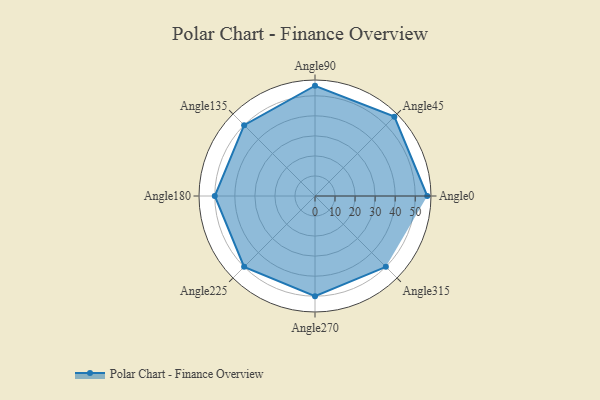
{"axis": {"x": "Angle", "y": "Radius"}, "legend": [""], "data": [{"x": "Angle0", "y": 56.0, "type": ""}, {"x": "Angle45", "y": 56.0, "type": ""}, {"x": "Angle90", "y": 55.0, "type": ""}, {"x": "Angle135", "y": 50, "type": ""}, {"x": "Angle180", "y": 50, "type": ""}, {"x": "Angle225", "y": 50, "type": ""}, {"x": "Angle270", "y": 50, "type": ""}, {"x": "Angle315", "y": 50, "type": ""}]}